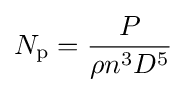
N_{\mathrm {p} }={\frac {P}{\rho n^{3}D^{5}}}